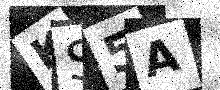
Text: KS5A